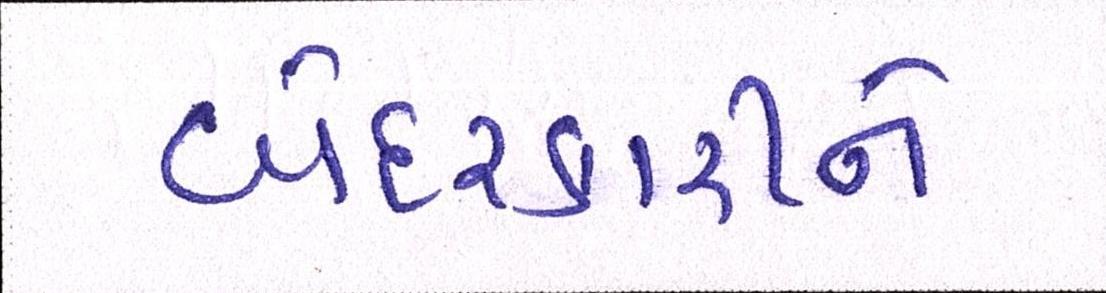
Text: બેદરકારીને